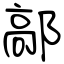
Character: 鄗